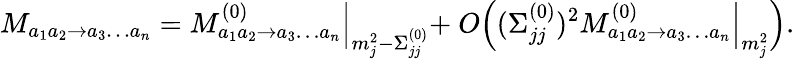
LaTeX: M_{a_{1}a_{2}\to a_{3}\dots a_{n}}=M_{a_{1}a_{2}\to a_{3}\dots a_{n}}^{(0)}\Bigl|_{m_{j}^{2}-\Sigma_{jj}^{(0)}}+\ O\Bigl((\Sigma_{jj}^{(0)})^{2}M_{a_{1}a_{2}\to a_{3}\dots a_{n}}^{(0)}\Bigl|_{m_{j}^{2}}\Bigr).